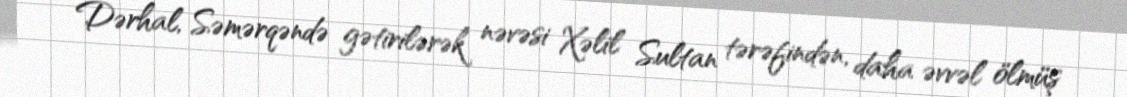
Dərhal, Səmərqəndə gətirilərək nəvəsi Xəlil Sultan tərəfindən, daha əvvəl ölmüş